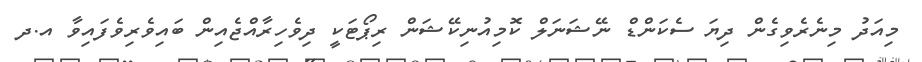
މިއަދު މިނެރެވިގެން ދިޔަ ސެކަންޑް ނޭޝަނަލް ކޮމިއުނިކޭޝަން ރިޕޯޓަކީ ދިވެހިރާއްޖެއިން ބައިވެރިވެފައިވާ އ.ދ